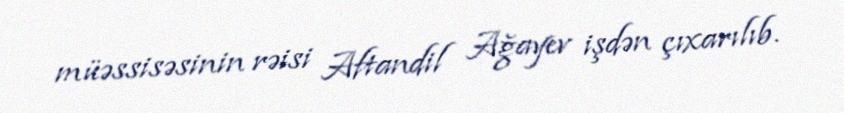
müəssisəsinin rəisi Aftandil Ağayev işdən çıxarılıb.